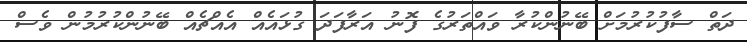
ދަތް ސާފުކުރުމަށް ބޭނުންކުރާ ވައްތަރުގެ ފޮނު އަރާފަދަ ގުޅައެއް އެއްޗެއް ބޭނުންކުރުމުން ވެސް